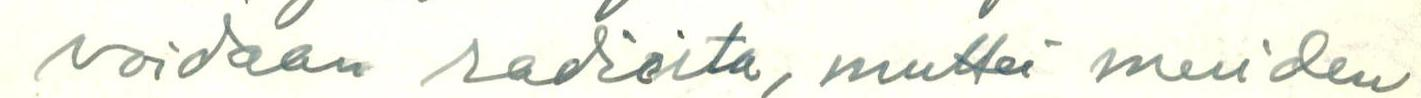
voidaan radioida, muttei muiden